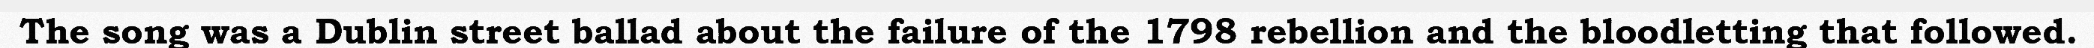
The song was a Dublin street ballad about the failure of the 1798 rebellion and the bloodletting that followed.